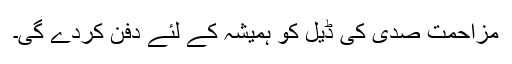
مزاحمت صدی کی ڈیل کو ہمیشہ کے لئے دفن کردے گی۔